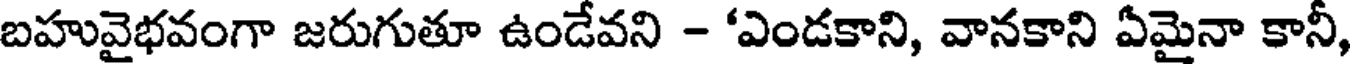
బహువైభవంగా జరుగుతూ ఉండేవని - 'ఎండకాని, వానకాని ఏమైనా కానీ,